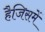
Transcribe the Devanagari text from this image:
हैजिसमें